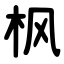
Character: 枫